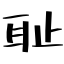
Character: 耻